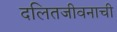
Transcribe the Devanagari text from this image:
दलितजीवनाची